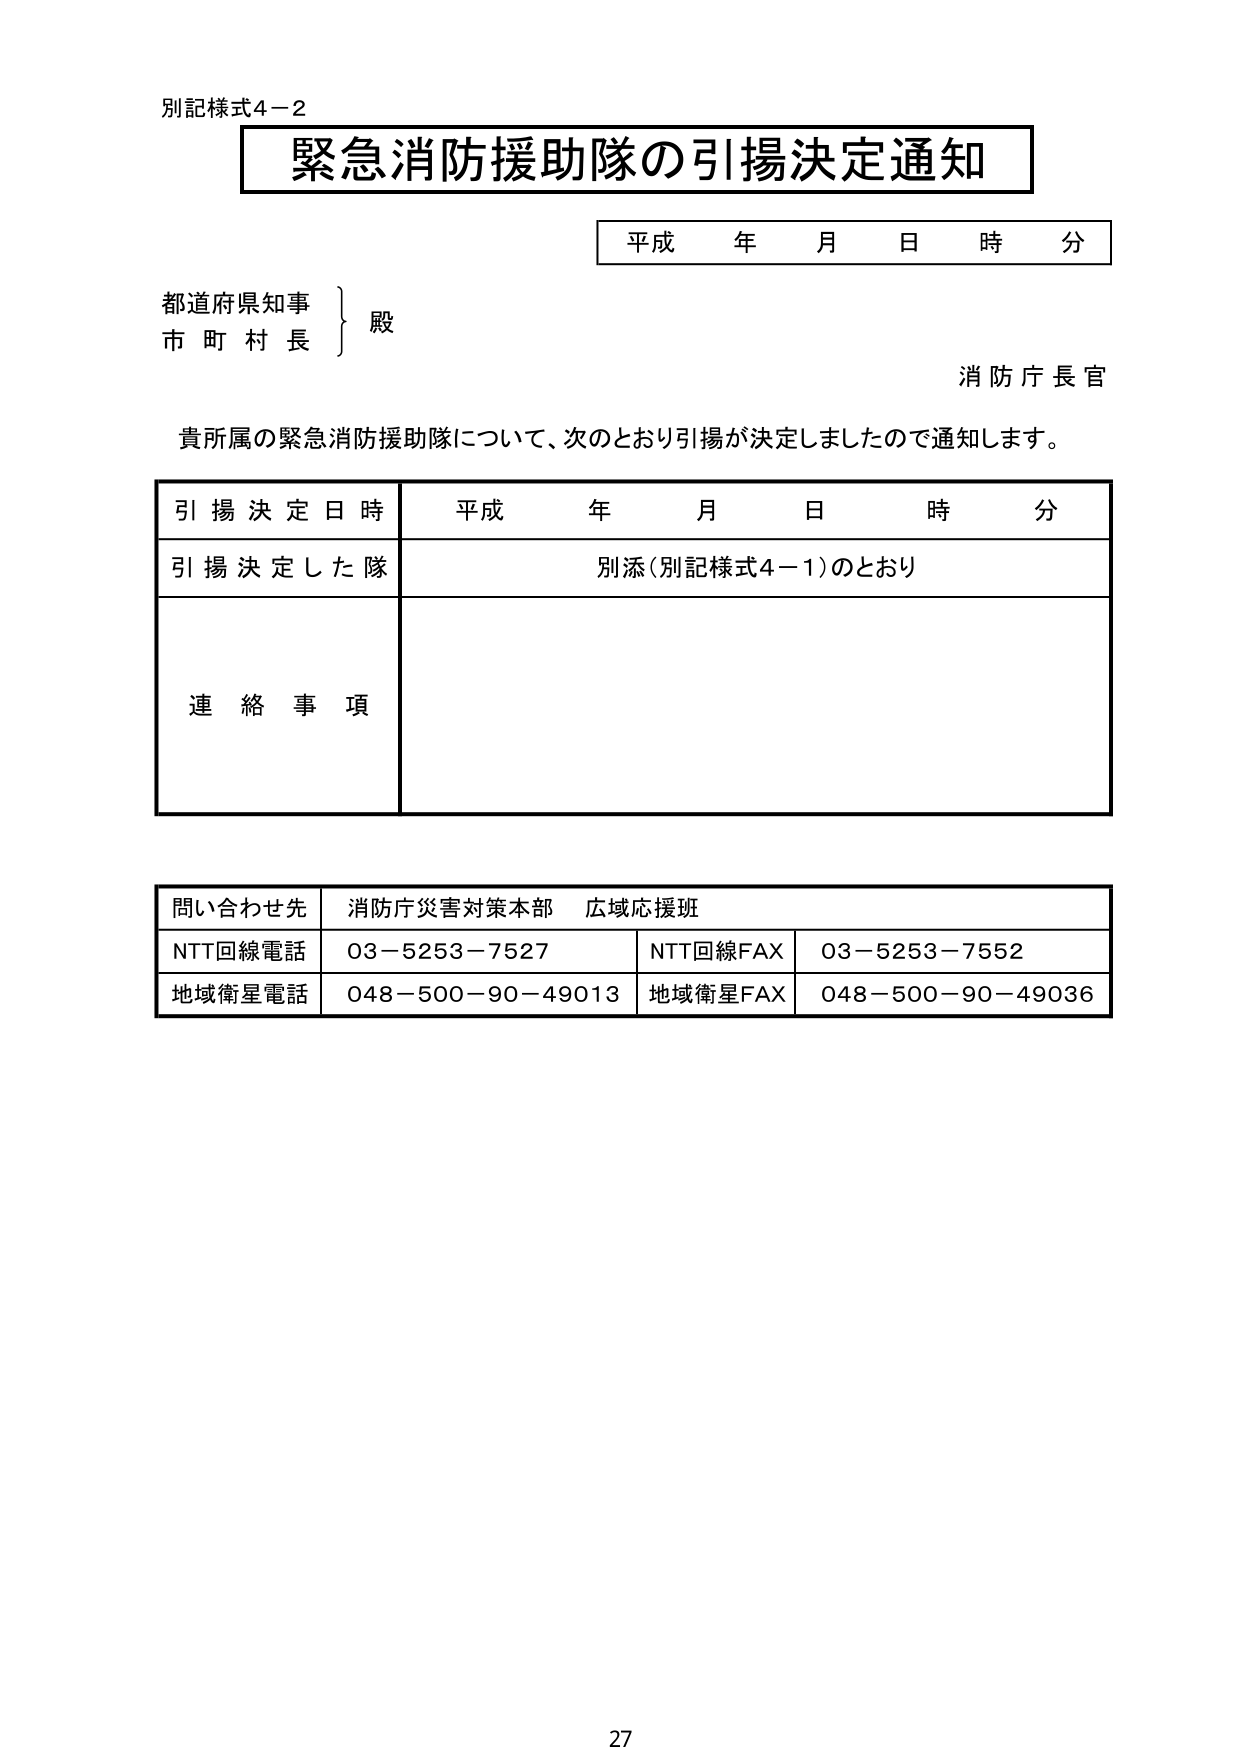
別記様式4－2
緊急消防援助隊の引揚決定通知
平成 年 月 日 時 分
都道府県知事
市町村長
殿
消防庁長官
貴所属の緊急消防援助隊について、次のとおり引揚が決定しましたので通知します。
引揚決定日時 平成 年 月 日 時 分
引揚決定した隊 別添（別記様式4－1）のとおり
連絡事項
問い合わせ先 消防庁災害対策本部 広域応援班
NTT回線電話 03－5253－7527 NTT回線FAX 03－5253－7552
地域衛星電話 048－500－90－49013 地域衛星FAX 048－500－90－49036
27